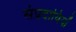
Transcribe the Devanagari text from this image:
संप्रदायियों